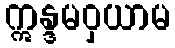
ဣန္ဒမဝှယာမ